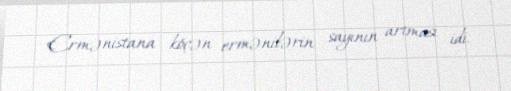
Ermənistana köçən ermənilərin sayının artması idi.